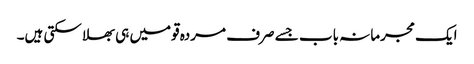
ایک مجرمانہ باب جسے صرف مردہ قومیں ہی بھلا سکتی ہیں۔